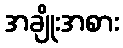
အချိုးအစား